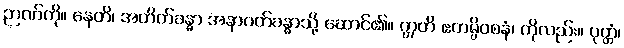
ဉာဏ်ကို။ နေတိ၊ အတိတ်ခန္ဓာ အနာဂတ်ခန္ဓာသို့ ဆောင်၏။ ဣတိ ဧတမ္ပိဝစနံ၊ ကိုလည်း။ ဝုတ္တံ၊